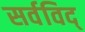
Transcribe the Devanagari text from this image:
सर्वविद्